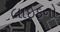
લાઇફનો